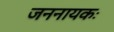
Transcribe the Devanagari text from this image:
जननायकः